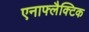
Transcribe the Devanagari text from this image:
एनाफ्लैक्टिक